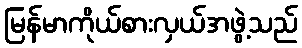
မြန်မာကိုယ်စားလှယ်အဖွဲ့သည်